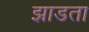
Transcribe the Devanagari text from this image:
झाडता